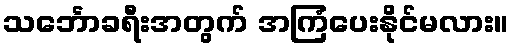
သင်္ဘောခရီးအတွက် အကြံပေးနိုင်မလား။